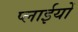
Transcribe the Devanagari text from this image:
प्लाईयों